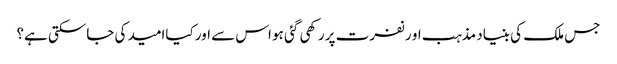
جس ملک کی بنیاد مذہب او رنفرت پر رکھی گئی ہو اس سے اور کیاامید کی جاسکتی ہے؟